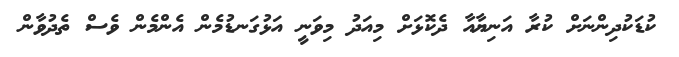
ކުޑަކުދިންނަށް ކުރާ އަނިޔާއާ ދެކޮޅަށް މިއަދު މިވަނީ އަޅުގަނޑުމެން އެންމެން ވެސް ތެދުވާން